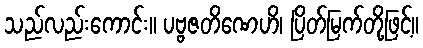
သည်လည်းကောင်း။ ပဗ္ဗဇတိဏေဟိ၊ ပြိတ်မြက်တို့ဖြင့်။